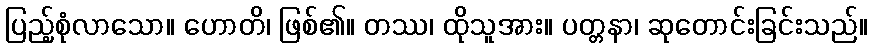
ပြည့်စုံလာသော။ ဟောတိ၊ ဖြစ်၏။ တဿ၊ ထိုသူအား။ ပတ္တနာ၊ ဆုတောင်းခြင်းသည်။